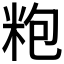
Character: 𱸹